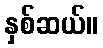
နှစ်ဆယ်။